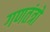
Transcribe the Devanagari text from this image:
गणतंत्रो